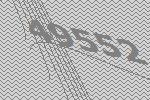
49552